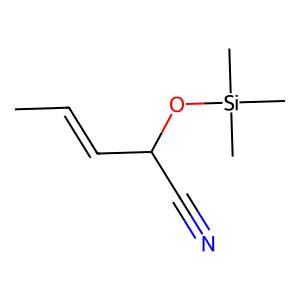
SMILES: CC=CC(C#N)O[Si](C)(C)C
Inhibits HIV replication: No